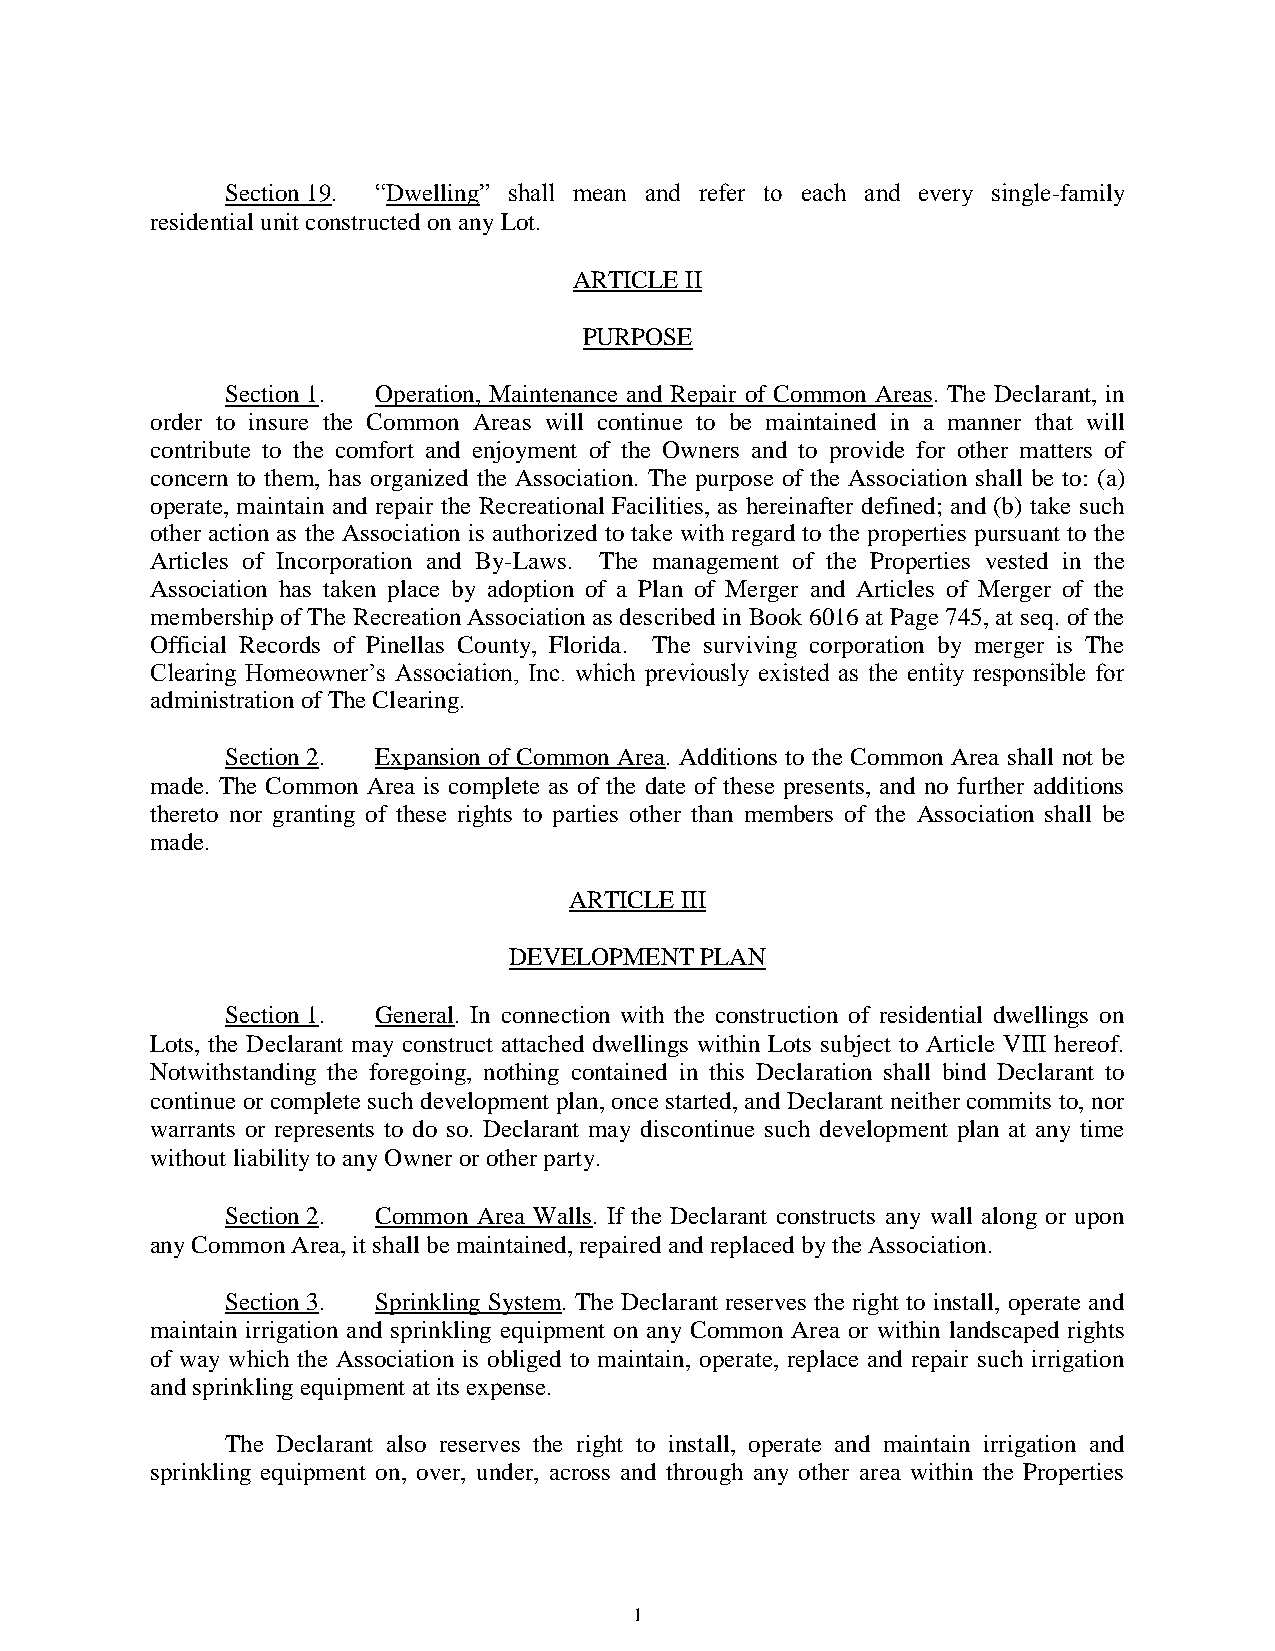
Section 19. “Dwelling” shall mean and refer to each and every single-family
 residential unit constructed on any Lot.
 ARTICLE II
 PURPOSE
 Section 1. Operation, Maintenance and Repair of Common Areas. The Declarant, in
 order to insure the Common Areas will continue to be maintained in a manner that will
 contribute to the comfort and enjoyment of the Owners and to provide for other matters of
 concern to them, has organized the Association. The purpose of the Association shall be to: (a)
 operate, maintain and repair the Recreational Facilities, as hereinafter defined; and (b) take such
 other action as the Association is authorized to take with regard to the properties pursuant to the
 Articles of Incorporation and By-Laws. The management of the Properties vested in the
 Association has taken place by adoption of a Plan of Merger and Articles of Merger of the
 membership of The Recreation Association as described in Book 6016 at Page 745, at seq. of the
 Official Records of Pinellas County, Florida. The surviving corporation by merger is The
 Clearing Homeowner’s Association, Inc. which previously existed as the entity responsible for
 administration of The Clearing.
 Section 2. Expansion of Common Area. Additions to the Common Area shall not be
 made. The Common Area is complete as of the date of these presents, and no further additions
 thereto nor granting of these rights to parties other than members of the Association shall be
 made.
 ARTICLE III
 DEVELOPMENT PLAN
 Section 1. General. In connection with the construction of residential dwellings on
 Lots, the Declarant may construct attached dwellings within Lots subject to Article VIII hereof.
 Notwithstanding the foregoing, nothing contained in this Declaration shall bind Declarant to
 continue or complete such development plan, once started, and Declarant neither commits to, nor
 warrants or represents to do so. Declarant may discontinue such development plan at any time
 without liability to any Owner or other party.
 Section 2. Common Area Walls. If the Declarant constructs any wall along or upon
 any Common Area, it shall be maintained, repaired and replaced by the Association.
 Section 3. Sprinkling System. The Declarant reserves the right to install, operate and
 maintain irrigation and sprinkling equipment on any Common Area or within landscaped rights
 of way which the Association is obliged to maintain, operate, replace and repair such irrigation
 and sprinkling equipment at its expense.
 The Declarant also reserves the right to install, operate and maintain irrigation and
 sprinkling equipment on, over, under, across and through any other area within the Properties
 1